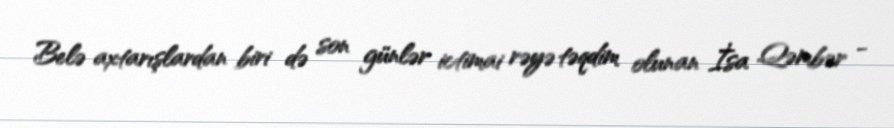
Belə axtarışlardan biri də son günlər ictimai rəyə təqdim olunan İsa Qəmbər -